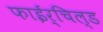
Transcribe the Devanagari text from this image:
फाईर्चिल्ड